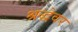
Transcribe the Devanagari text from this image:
श्रद्धेवर